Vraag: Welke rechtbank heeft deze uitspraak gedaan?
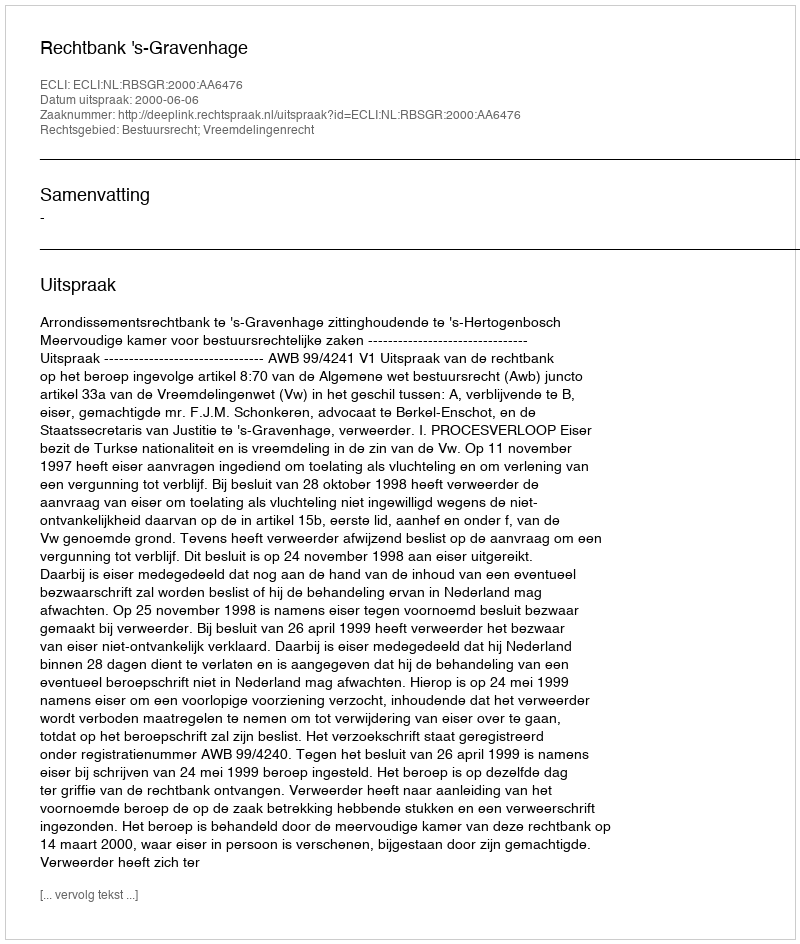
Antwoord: Rechtbank 's-Gravenhage